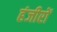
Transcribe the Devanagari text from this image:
हंजीरों